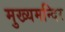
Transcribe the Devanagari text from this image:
मुख्यमन्दिर